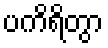
ပကိရိတွာ